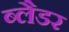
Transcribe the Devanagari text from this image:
ब्‍लैडर